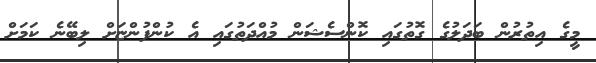
މީގެ އިތުރުން ބަދަލުގެ ގޮތުގައި ކޮންސެޝަން މުއްދަތުގައި އެ ކުންފުންޏަށް ލިބޭނެ ކަމަށް